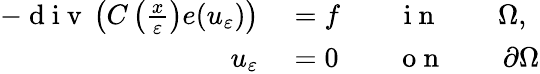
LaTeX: \begin{array}{rl}{-\mathrm{~d~i~v~}\left(C\left(\frac{x}{\varepsilon}\right)e(u_{\varepsilon})\right)}&{{}=f\qquad\mathrm{~i~n~}\qquad\Omega,}\\ {u_{\varepsilon}}&{{}=0\qquad\mathrm{~o~n~}\qquad\partial\Omega}\end{array}